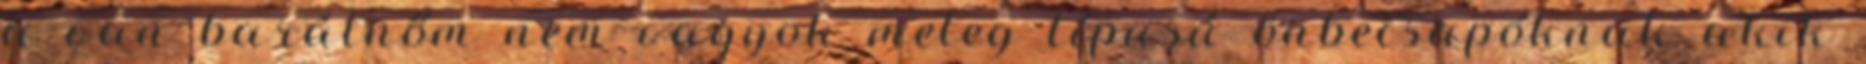
a van barátnőm nem vagyok meleg típusú önbecsapóknak akik